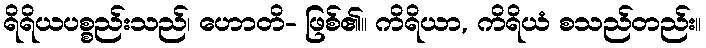
ရိရိယပစ္စည်းသည်၊ ဟောတိ- ဖြစ်၏။ ကိရိယာ, ကိရိယံ စသည်တည်း။